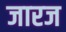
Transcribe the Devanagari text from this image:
जारज